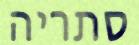
סתריה